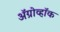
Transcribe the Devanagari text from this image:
अॅग्रोव्हॉक